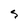
Character: S